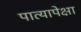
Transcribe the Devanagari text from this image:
पात्यापेक्षा